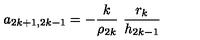
a _ { 2 k + 1 , 2 k - 1 } = - \frac { k } { \rho _ { 2 k } } \ \frac { r _ { k } } { h _ { 2 k - 1 } }